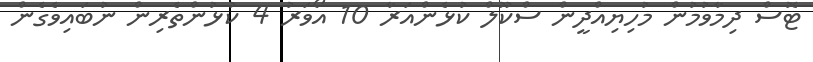
ޓޮސް ދިމާވުމުން މުހިޔިއްދީން ސްކޫލް ކުޅެންއަރާ 10 އޯވަރު 4 ކުޅުންތެރިން ނުބައިވެގެން